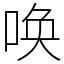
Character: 唤